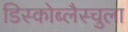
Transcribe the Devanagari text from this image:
डिस्कोब्लैस्चुला